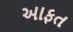
આફત